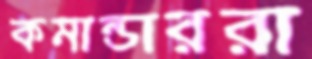
কমান্ডাররা